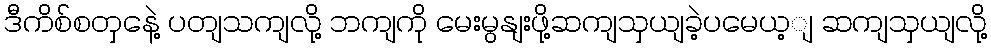
ဒီကိစ်စတှနေဲ့ ပတျသကျလို့ ဘကျကို မေးမွနျးဖို့ဆကျသှယျခဲ့ပမေယ့ျ ဆကျသှယျလို့